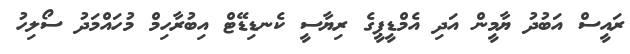
ރައީސް އަބުދު ޔާމީން އަދި އެމްޑީޕީގެ ރިޔާސީ ކެނޑިޑޭޓް އިބުރާހިމް މުހައްމަދު ސޯލިހު